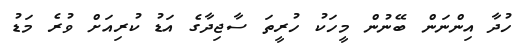
ހުދާ އިންނަން ބޭނުން މީހަކު ހުރީތަ ސާޖިދާގެ އަޑު ކުރިއަށް ވުރެ މަޑު